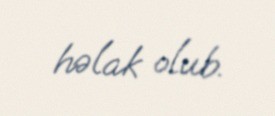
həlak olub.